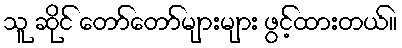
သူ ဆိုင် တော်တော်များများ ဖွင့်ထားတယ်။